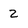
Character: z